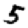
Digit: 5